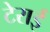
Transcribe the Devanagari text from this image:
टेराई